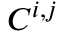
C ^ { i , j }